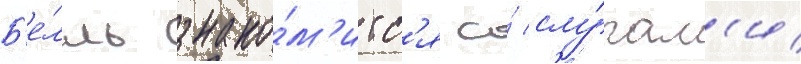
Б'е́лль знако́м'итс'я со́ слу́гам'и